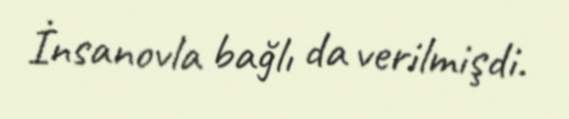
İnsanovla bağlı da verilmişdi.